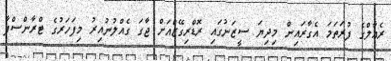
ރެއާލްގެ ފުރަތަމަ އެގާރައިން މިދިޔަ ސީޒަނުގައި ރޮޑްރިގޭޒްއަށް ޖާގަ ގެއްލުނުއިރު މިފަހަރުގެ ޓްރާންސްފާ